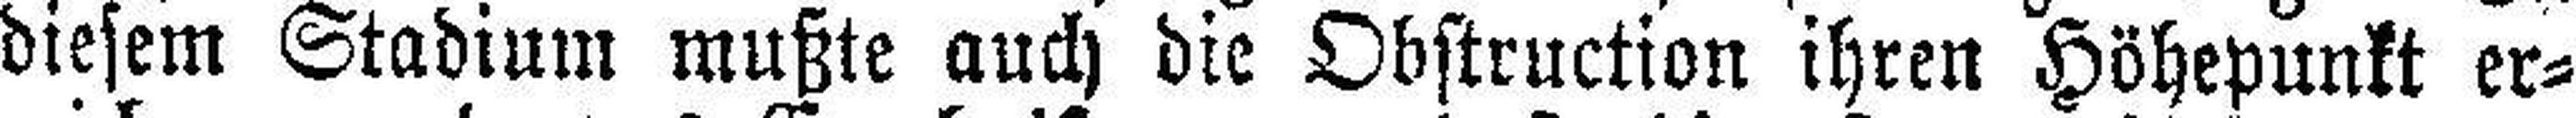
diesem Stadium mußte auch die Obstruction ihren Höhepunkt er¬